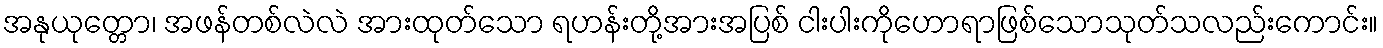
အနုယုတ္တော၊ အဖန်တစ်လဲလဲ အားထုတ်သော ရဟန်းတို့အားအပြစ် ငါးပါးကိုဟောရာဖြစ်သောသုတ်သလည်းကောင်း။